Insane asylums in Bengal annual reports 1867-1875 - 1867-1875
Year: 1867
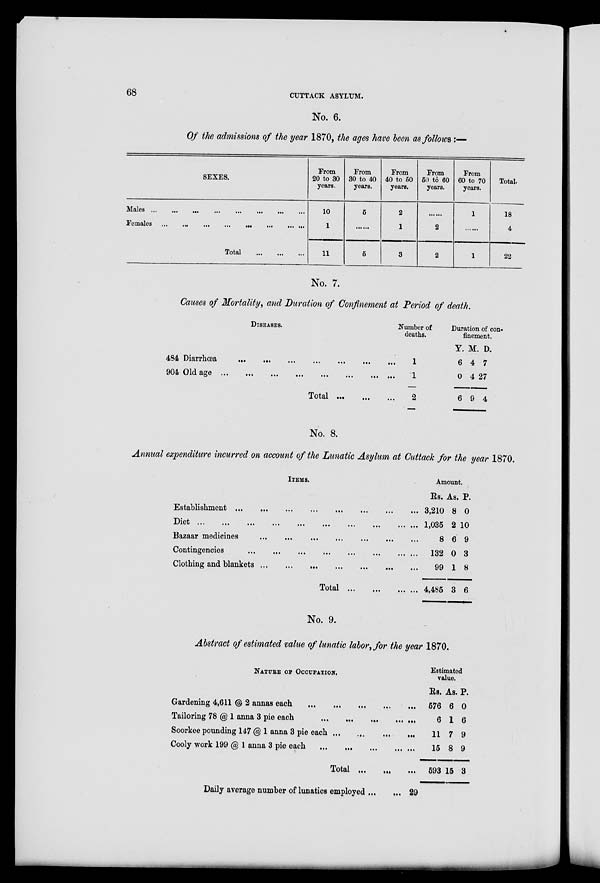
68
CUTTACK ASYLUM.
No. 6.
Of the admissions of the year 1870, the ages have been as follows :—
SEXES.
Males
...
...
...
...
...
...
...
...
...
Females ... ... ... ... ... ... ... ... ...
Total
...
...
...
From
20 to 30
years.
10
1
11
From
30 to 40
years.
5
.......
5
From
40 to 50
years.
2
1
3
From
50 to 60
years.
2
2
From
60 to 70
years.
1
1
Total.
18
4
22
No. 7.
Causes of Mortality, and Duration of Confinement at Period of death.
DISEASES.
434 Diarrhœa
...
...
...
...
...
...
...
904 Old age
...
...
...
...
...
...
...
Total ... ... ...
Number of
deaths.
1
1
2
Duration of con-
finement.
Y.
6
0
6
M.
4
4
9
D.
7
27
4
No. 8.
Annual expenditure incurred on account of the Lunatic Asylum at Cuttack for the year 1870.
ITEMS.
Establishment
...
...
...
...
...
...
...
...
Diet
...
...
...
...
...
...
...
...
...
...
...
Bazaar medicines
...
...
...
...
...
...
...
Contingencies
...
...
...
...
...
...
...
...
Clothing and blankets
...
...
...
...
...
...
Total
...
...
...
...
Amount.
Rs.
3,210
1,035
8
132
99
4,485
As.
8
2
6
0
1
3
P.
0
10
9
3
8
6
No. 9.
Abstract of estimated value of lunatic labor, for the year 1870.
NATURE OF OCCUPATION.
Gardening 4,611 @ 2 annas each
...
...
...
...
...
Tailoring 78 @ 1 anna 3 pie each
...
...
...
...
...
Soorkee pounding 147 @ 1 anna 3 pie each
...
...
...
...
Cooly work 199 @ 1 anna 3 pie each
...
...
...
... ...
Total
...
...
...
Daily average number of lunatics employed ... ...
29
Estimated
value.
Rs.
576
6
11
15
593
As.
6
1
7
8
15
P.
0
6
9
9
3